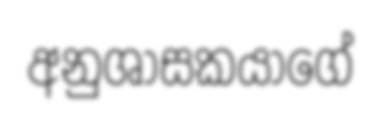
අනුශාසකයාගේ